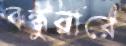
বন্ধুরারে